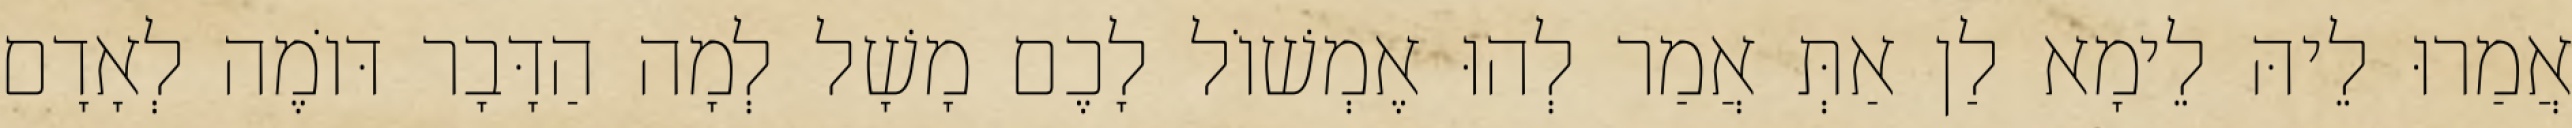
אֲמַרוּ לֵיהּ לֵימָא לַן אַתְּ אֲמַר לְהוּ אֶמְשׁוֹל לָכֶם מָשָׁל לְמָה הַדָּבָר דּוֹמֶה לְאָדָם